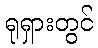
ရုရှားတွင်